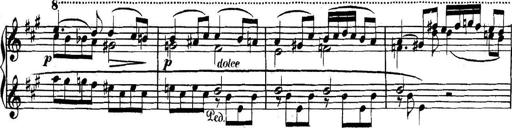
Title: Collected Piano Sonatas
Composer: Muzio Clementi